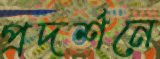
প্রদর্শনে